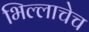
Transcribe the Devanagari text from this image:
भिल्लाचेच